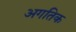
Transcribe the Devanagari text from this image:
अगतिक